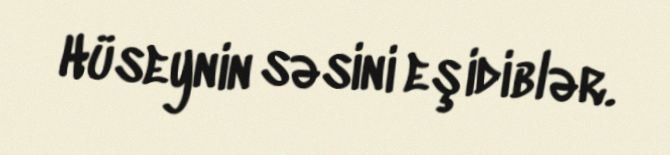
Hüseynin səsini eşidiblər.